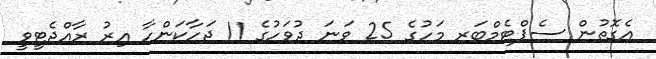
އެގޮތުން ސެޕްޓެމްބަރ މަހުގެ 25 ވަނަ ދުވަހުގެ 11 ޖަހާކަންހާ އިރު ރާއްޖެޓީވީ